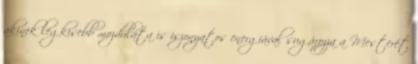
akinek legkisebb mozdulata is iszonyatos energiával sugározza a Mesterét